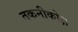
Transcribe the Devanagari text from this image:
तकनीकोक्ष